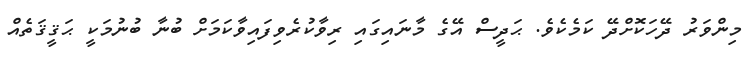
މިންވަރު ދޭހަކޮށްދޭ ކަމެކެވެ. ޙަދީސް އޭގެ މާނައިގައި ރިވާކުރެވިފައިވާކަމަށް ބުނާ ބުނުމަކީ ޙަޤީޤަތެއް